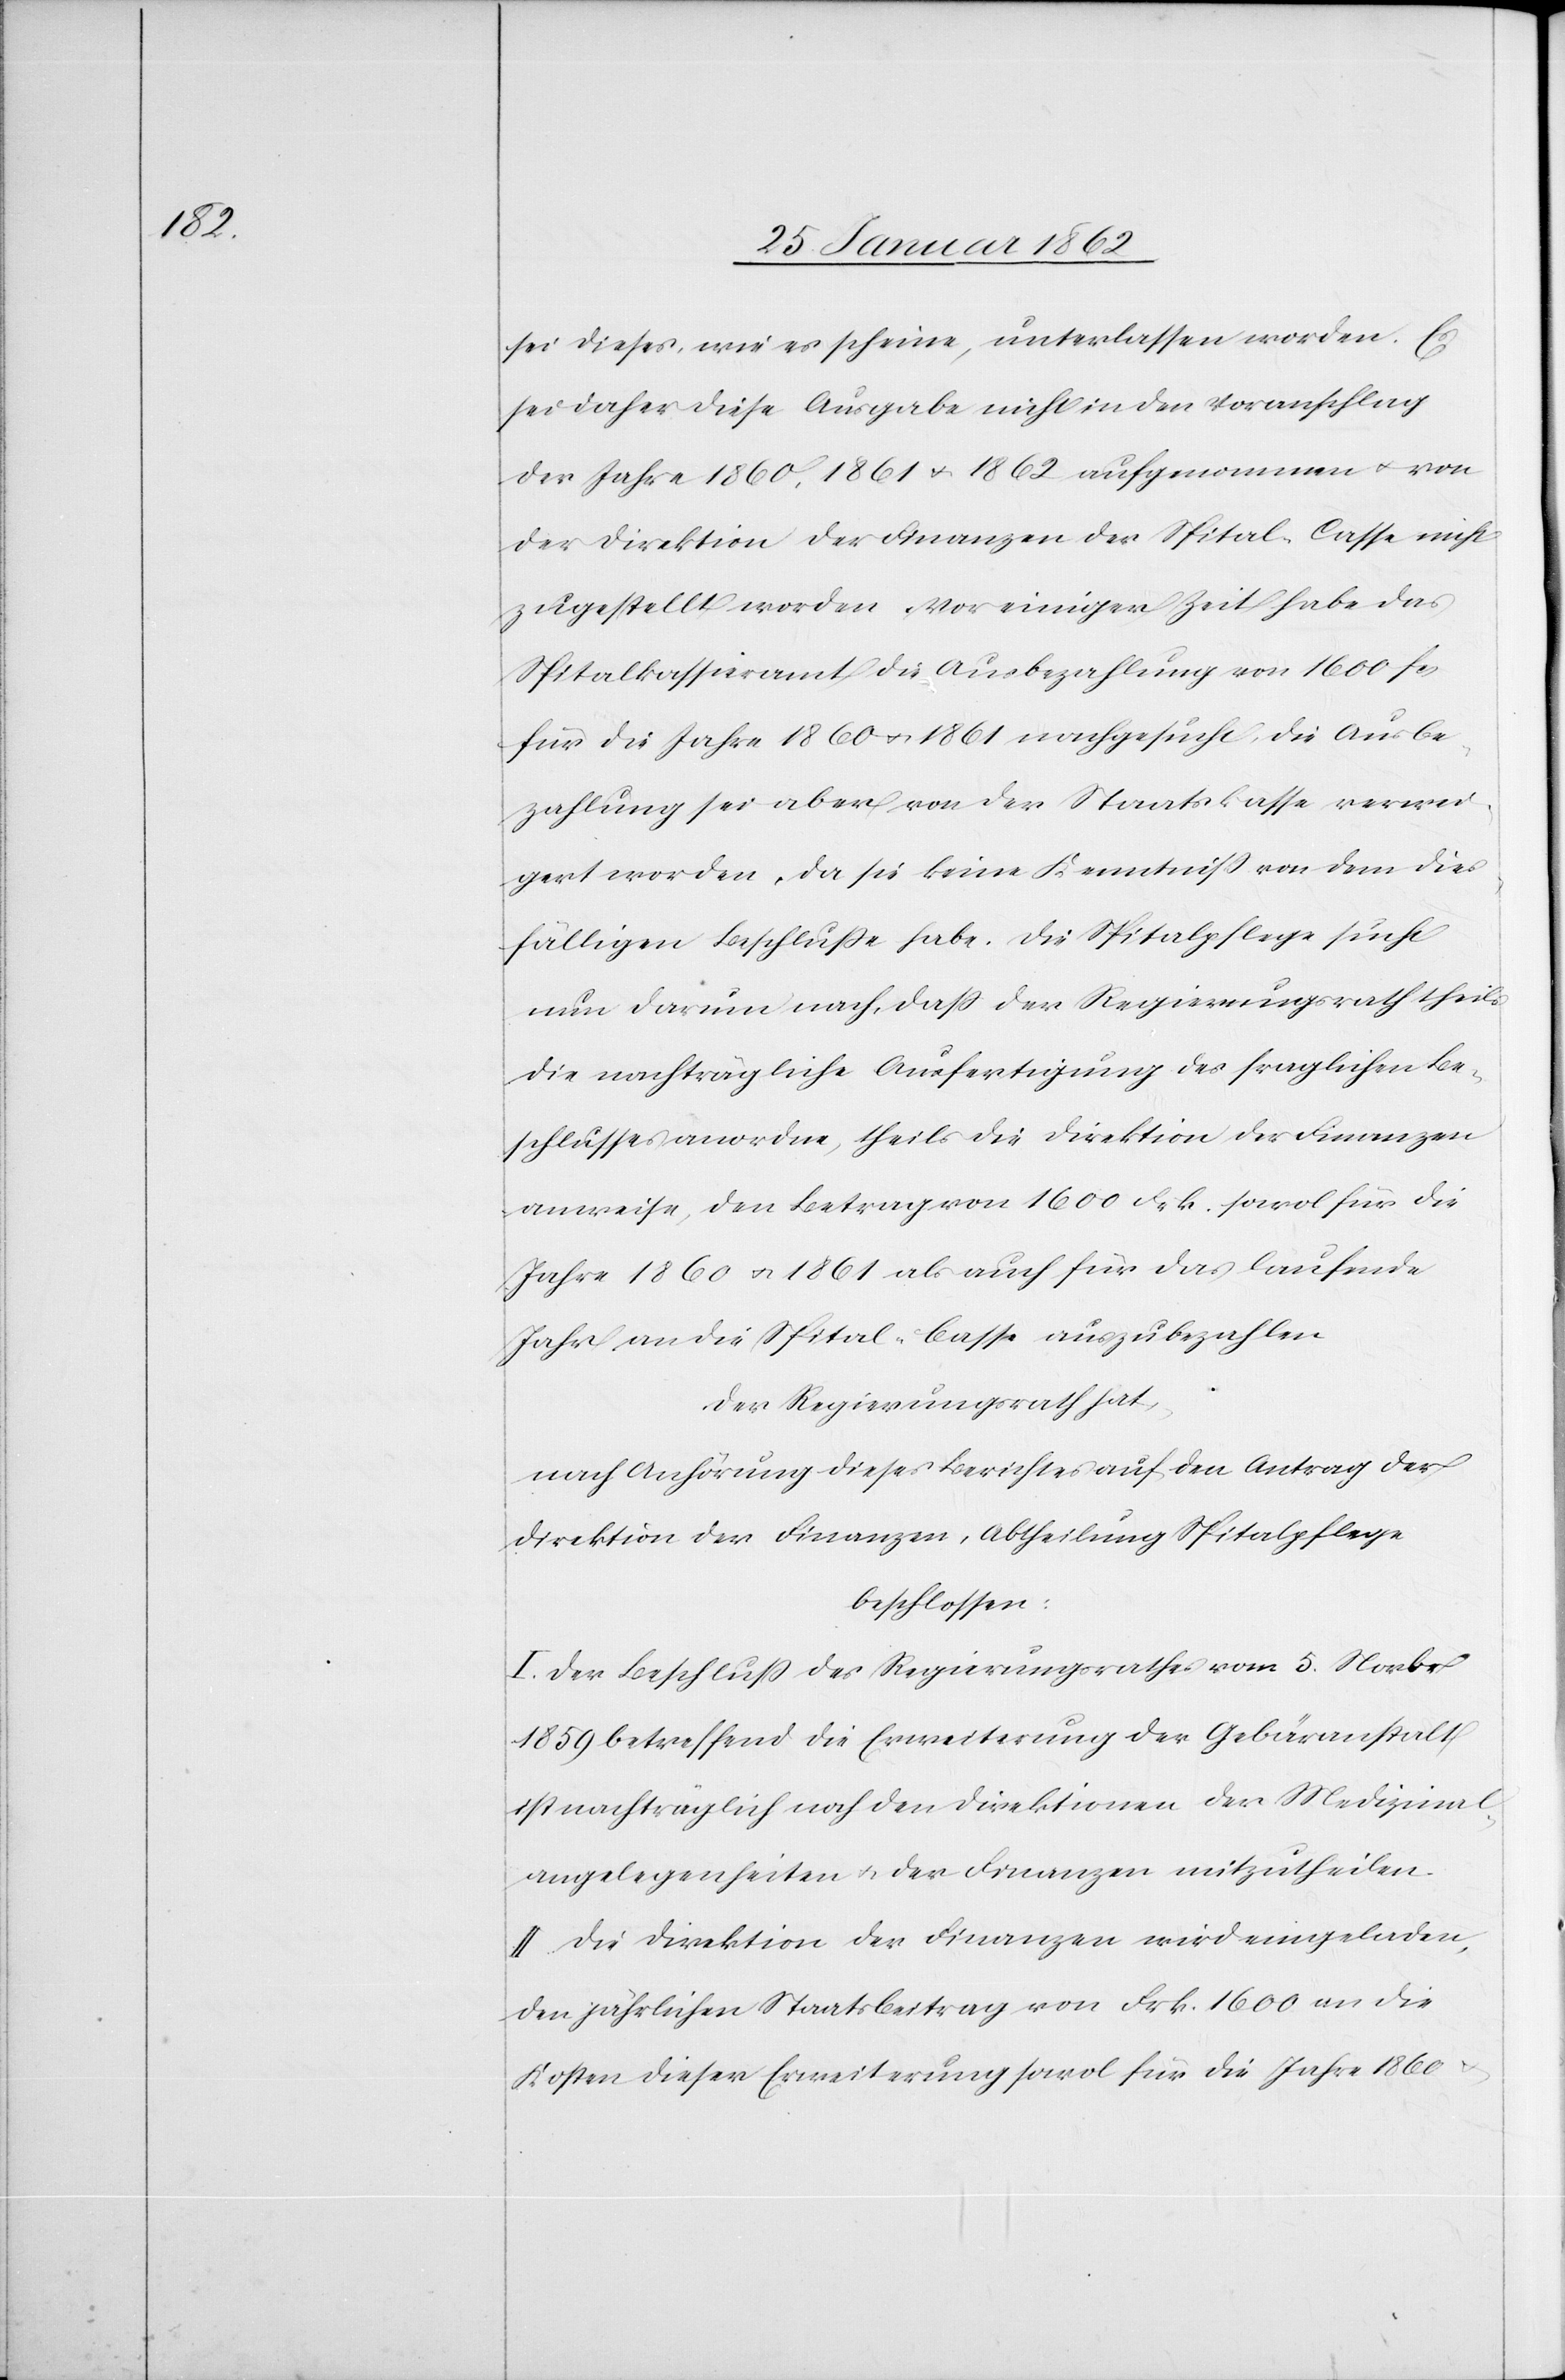
sei dieses, wie es scheine, unterlassen worden. Es
sei daher diese Ausgabe nicht in den Voranschlag
der Jahre 1860, 1861 u. 1862 aufgenommen worden u. von
der Direktion der Finanzen der Spital-Casse nicht
zugestellt worden. Vor einiger Zeit habe das
Spitalkassieramt die Ausbezahlung von 1600 fcs
für die Jahre 1860 u. 1861 nachgesucht, die Ausbe¬
zahlung sei aber von der Staatskasse verwei¬
gert worden, da sie keine Kenntniß von dem dies¬
fälligen Beschluße habe. Die Spitalpflege sucht
nun darum nach, daß der Regierungsrath theils
die nachträgliche Ausfertigung des fraglichen Be¬
schlusses anordne, theils die Direktion der Finanzen
anweise, den Betrag von 1600 Frk. sowol für die
Jahre 1860 u. 1861 als auch für das laufende
Jahr an die Spital-Casse auszubezahlen.
Der Regierungsrath hat
nach Anhörung dieses Berichtes auf den Antrag der
Direktion der Finanzen, Abtheilung Spitalpflege
beschlossen:
I. Der Beschluß des Regierungsrathes vom 5. Novbr
1859 betreffend die Erweiterung der Gebäranstalt
ist nachträglich noch den Direktionen der Medizinal¬
angelegenheiten u. der Finanzen mitzutheilen.
II. Die Direktion der Finanzen wird eingeladen,
den jährlichen Staatsbeitrag von Frk. 1600 an die
Kosten dieser Erweiterung sowol für die Jahre 1860